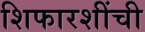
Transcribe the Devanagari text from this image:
शिफारशींची